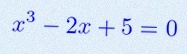
x^3-2x+5=0